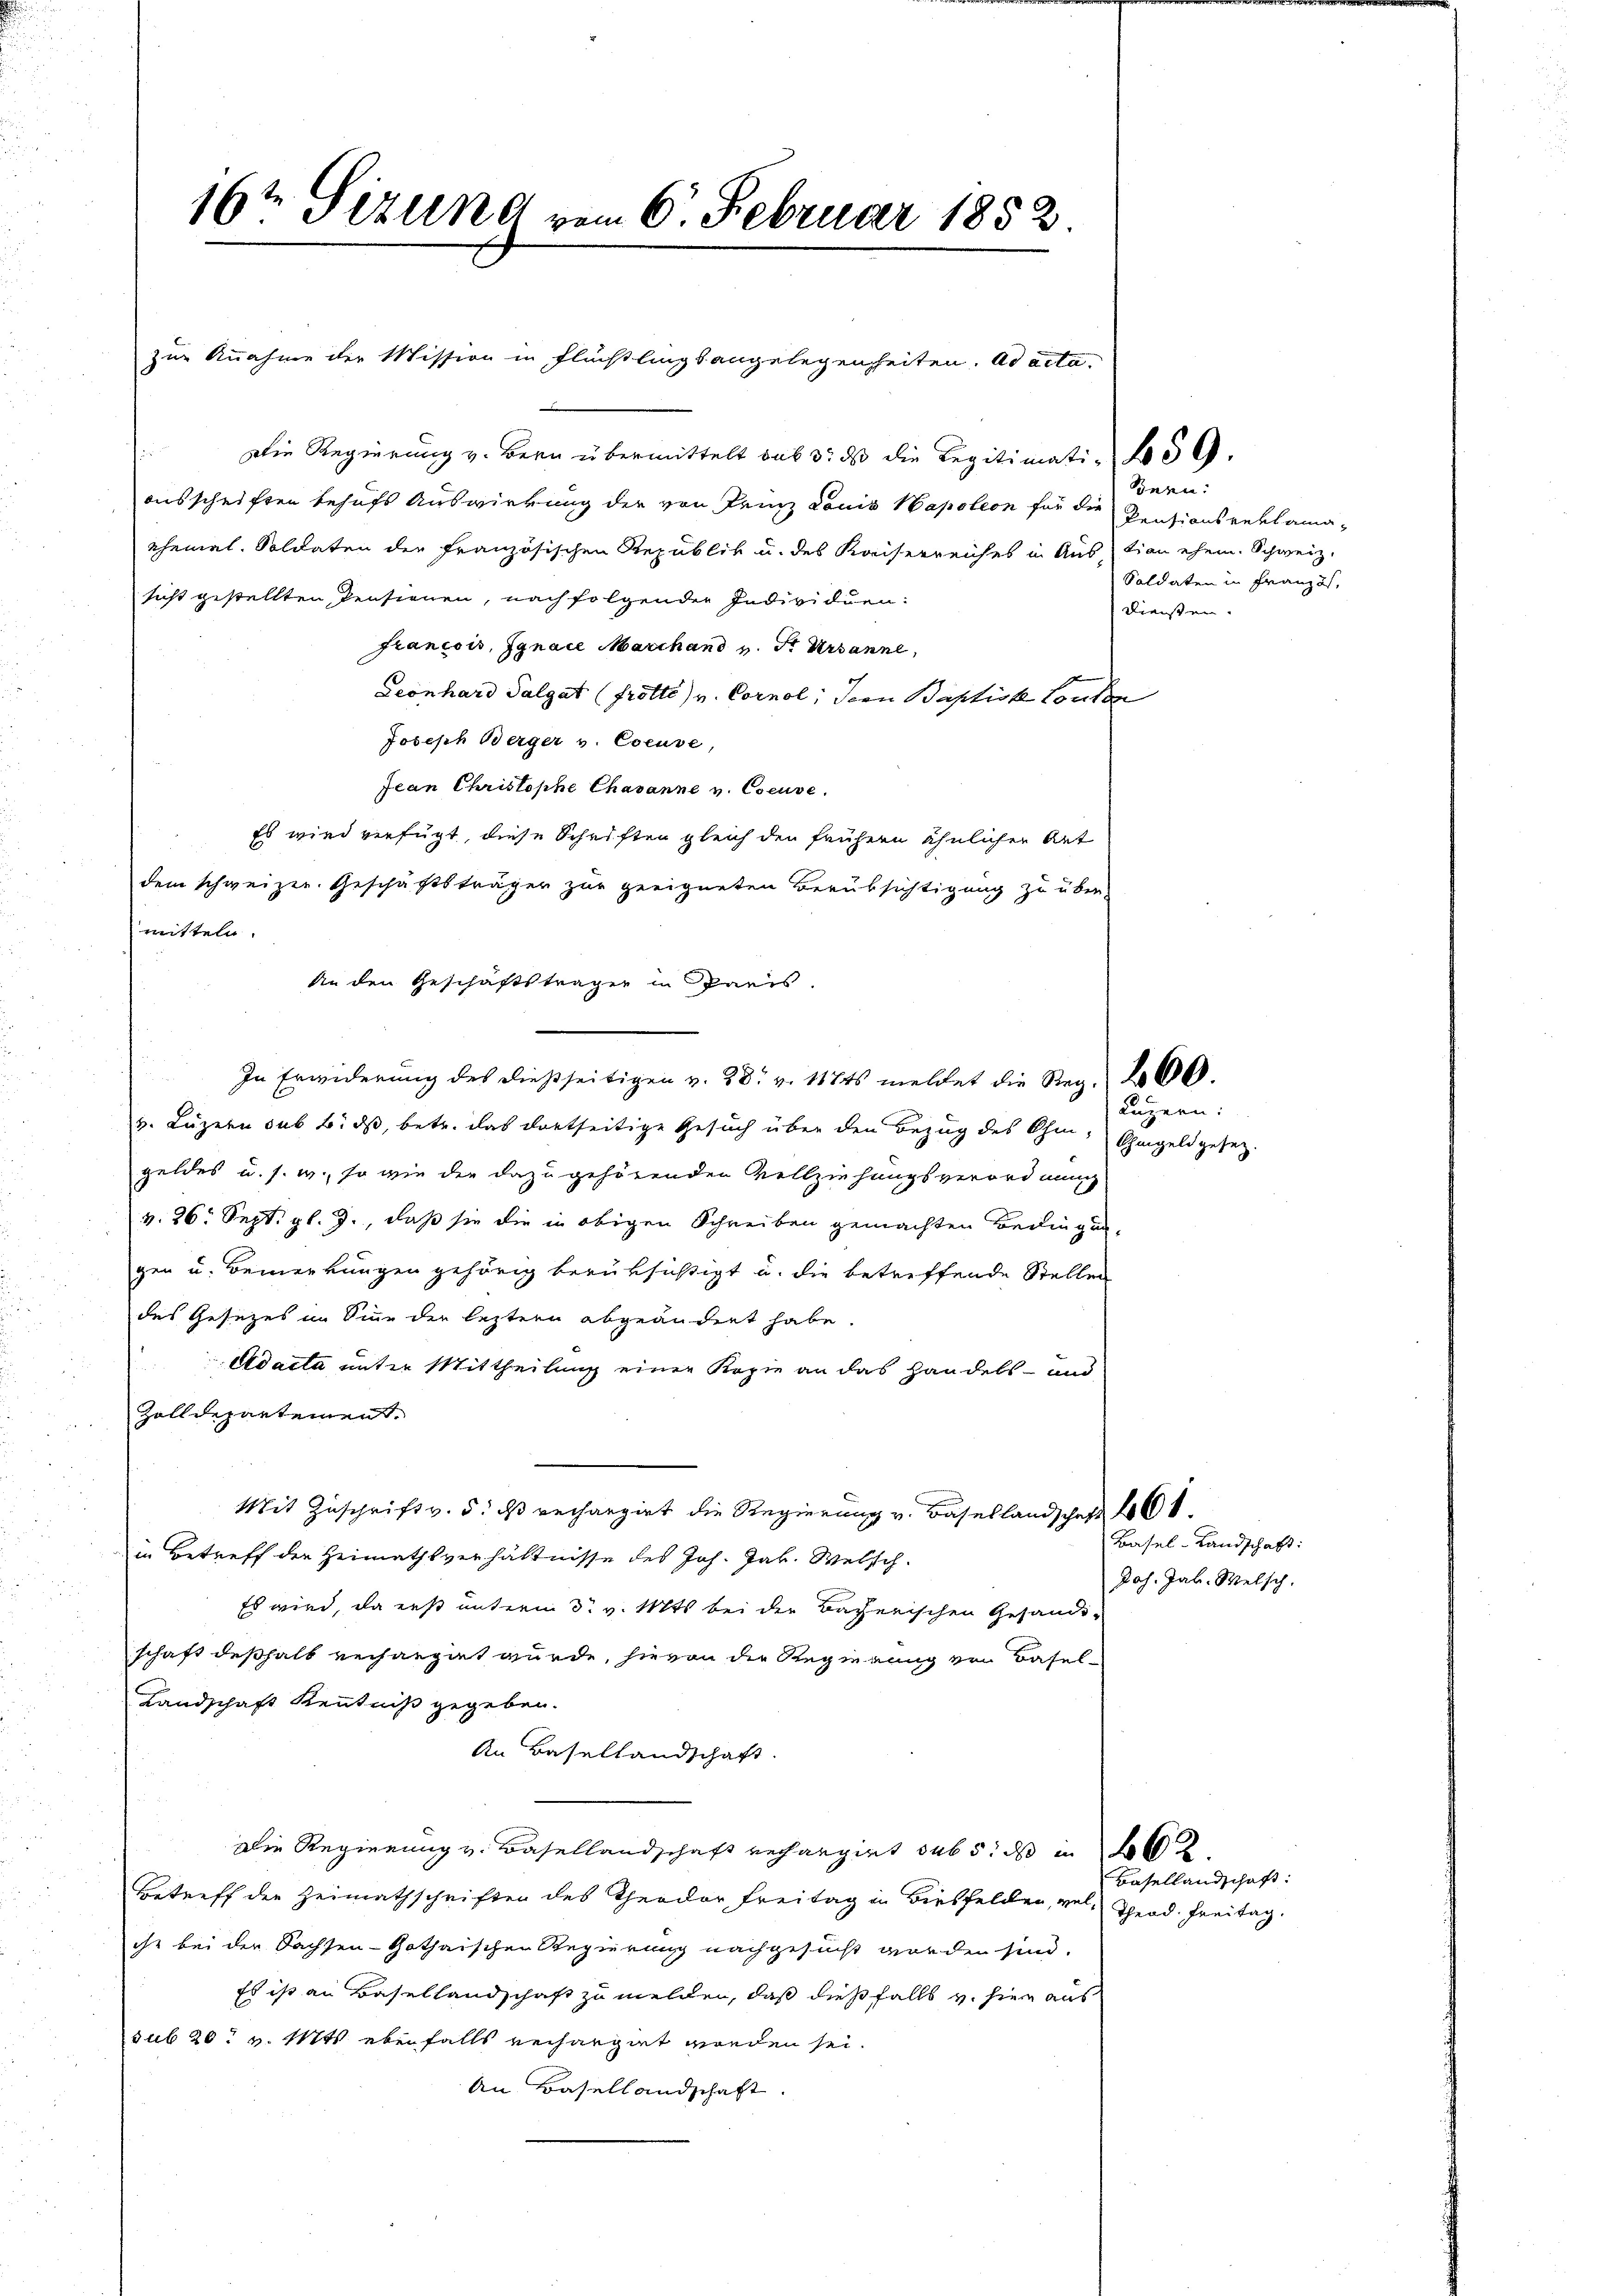
Die Regierung v. Bern übermittelt aus 3. ds die Legitimati- 459.
ausschriften behufs Auswirkung der von Prinz Louis Napoleon für die Pensionsreklama¬
Rheinal. Soldaten der Französischen Republik u. des Kaiserreiches in Austian ehem. Schweiz.
sicht gestellten Pensionen, nachfolgender Individuen:
francois, Jgnace Marchand v. St. Ursanne,
Geonhard Salgat (frotte) v. Cornol; dern Baptisk Locker
Joseph Berger v. Coeuse,
Jean Christophe Chavanne v. Coeuse.
Es wird verfügt, diese Schriften gleich den frühern ähnlicher Art
dem schweizer. Geschäftsträger zur geeigneten Berüksichtigung zu über-
mitteln.
An den Geschäftsträger in Paris.
In Erwiderung des dießseitigen v. 28. v. 1174s meldet die Reg. 2000.
v. Luzern sub b. ds, betr. das dortseitige Gesuch über den Bezug des Ohmgeldes u. s. w., so wie der dazu gehörenden Vollziehungsverordnung
v. 26. Sept. gl. J., daß sie die in obigen Schreiben gemachten Bedingungen u. Bemerkungen gehörig berüksichtigt u. die betreffende Stellen
des Gesezes im Sinn der leztere abgeändert habe.
Adacta unter Mittheilung einen Kopie an das Handels- und
Zolldepartement.
Mit Zuschrift v. 5. ds rechargirt die Regierung v. Basellandschaft 1861.
in Betreff der Heimathsverhältnisse des Joh. Jak. Welsch.
Es wird, da erst unterm 3t v. Mts. bei der Bacherischen Gesändi-
schaft deßhalb verhängt wurde, hievon die Regierung zu Basel¬
Landschaft Kenntniß gegeben.
An Basellandschaft.
Die Regierung v. Basellandschaft rechargirt sub 5. ds in
Betreff der Heimathschriften des Theodor Freitag in Birsfelden, vel Theod. Freitag.
ihr bei der Sachsen-Gothaischen Regierung nachgesucht worden sind.
Es ist an Basellandschaft zu melden, daß dießfalls v. hier aus
sub 20. v. Mts. ebenfalls verhängnet worden sei.
An Basellandschaft.

16ten Sizung vom 6. Februar 1852.
zur Annahme der Mission in Flüchtlingsangelegenheiten. ad acta.

Bern:
Soldaten in Französ.
Diensten.

Luzern:
Chmgeld gesez.

Basel-Landschaft:
Joh. Jak. Welsch.

Basellandschaft: